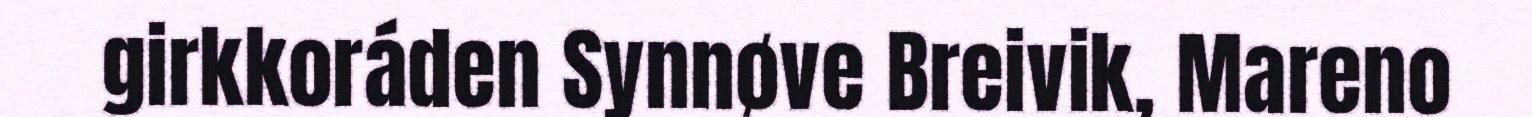
girkkoráden Synnøve Breivik, Mareno